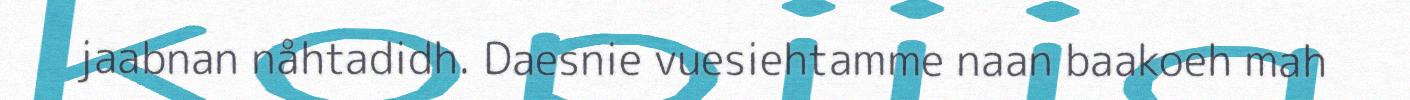
jaabnan nåhtadidh. Daesnie vuesiehtamme naan baakoeh mah